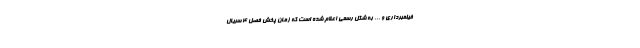
فیلمبرداری و ... به شکل رسمی اعلام شده است که زمان پخش فصل 4 سریال